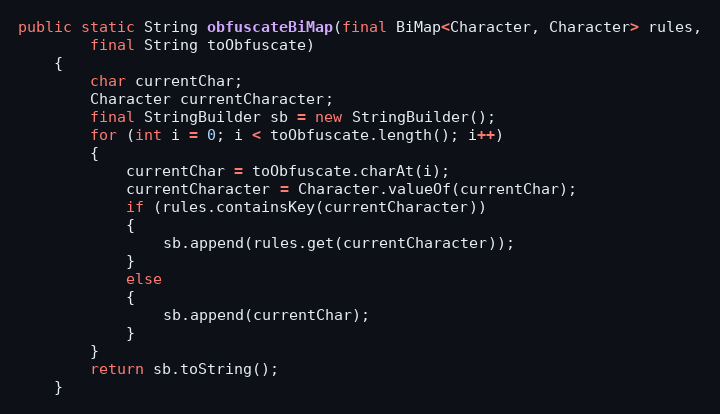
Language: Java
public static String obfuscateBiMap(final BiMap<Character, Character> rules,
		final String toObfuscate)
	{
		char currentChar;
		Character currentCharacter;
		final StringBuilder sb = new StringBuilder();
		for (int i = 0; i < toObfuscate.length(); i++)
		{
			currentChar = toObfuscate.charAt(i);
			currentCharacter = Character.valueOf(currentChar);
			if (rules.containsKey(currentCharacter))
			{
				sb.append(rules.get(currentCharacter));
			}
			else
			{
				sb.append(currentChar);
			}
		}
		return sb.toString();
	}